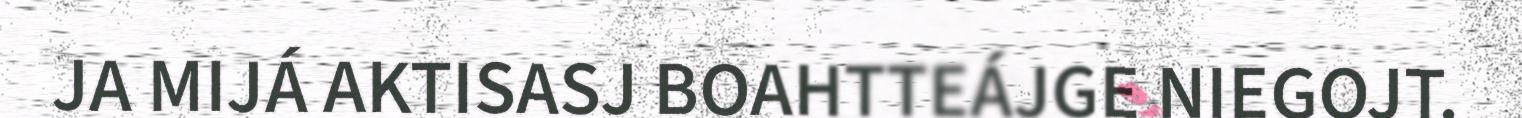
JA MIJÁ AKTISASJ BOAHTTEÁJGE NIEGOJT.